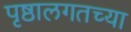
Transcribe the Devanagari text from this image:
पृष्ठालगतच्या